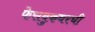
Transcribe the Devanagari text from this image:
फेसबुकवरची